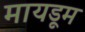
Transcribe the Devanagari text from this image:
मायडूम